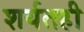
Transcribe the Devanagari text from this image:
शर्यतही